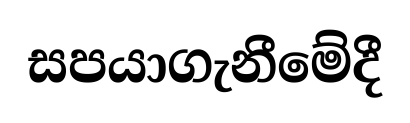
සපයාගැනීමේදී